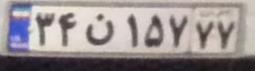
۳۴ن۱۵۷۷۷